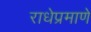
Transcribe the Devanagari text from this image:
राधेप्रमाणे